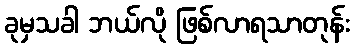
ခုမှသခါ ဘယ်လို ဖြစ်လာရသာတုန်း